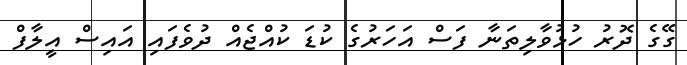
ގޭގެ ދޮރު ހުޅުވާލިތަނާ ފަސް އަހަރުގެ ކުޑަ ކުއްޖެއް ދުވެފައި އައިސް އީލާފް